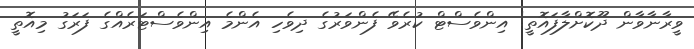
ވީރާނާވާން ދޫކޮށްލާފައޮތީ! އިންވެސްޓް ކުރެވޭ ފެންވަރުގެ ދިވެހި އެންމެ އިންވެސްޓަރެއްގެ ފަރަގު މިއޮތީ